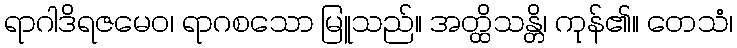
ရာဂါဒိရဇမေဝ၊ ရာဂစသော မြူသည်။ အတ္ထိသန္တိ၊ ကုန်၏။ တေသံ၊